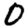
Digit: 0